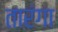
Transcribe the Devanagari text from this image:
तारंगा